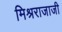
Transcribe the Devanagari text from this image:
मिश्रराजाजी